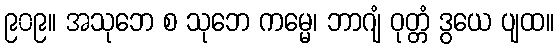
၉၀၉။ အသုဘေ စ သုဘေ ကမ္မေ၊ ဘာဂျံ ဝုတ္တံ ဒွယေ ပျထ။